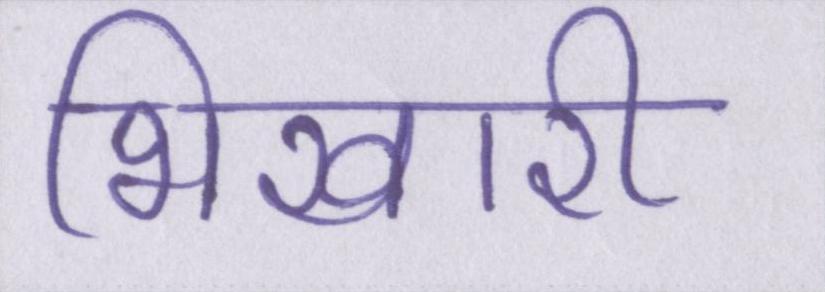
भिखारी